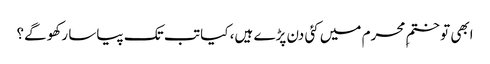
ابھی تو ختمِ محرم میں کئی دن پڑے ہیں، کیا تب تک پیاسا رکھو گے؟